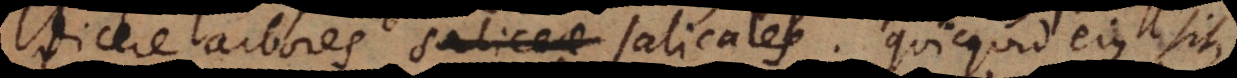
ores saliceae salicales. Quicquid ejus sit,